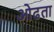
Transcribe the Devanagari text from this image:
ओढता